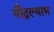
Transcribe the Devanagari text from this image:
मौद्गल्याभ